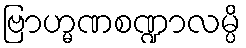
ဗြာဟ္မဏစဏ္ဍာလမ္ပိ